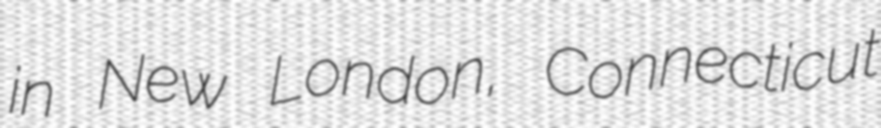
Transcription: in New London, Connecticut